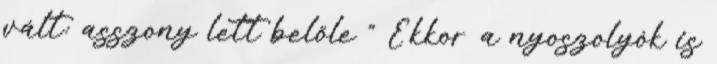
vált: asszony lett belőle " Ekkor a nyoszolyók is